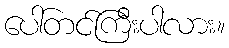
ပေါ်တင်ကြီးပါလား။